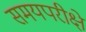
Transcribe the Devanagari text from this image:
समयपरीक्षे